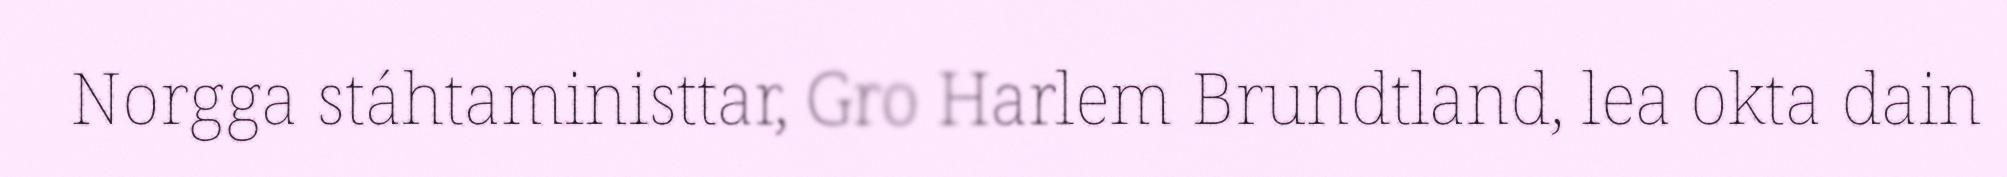
Norgga stáhtaministtar, Gro Harlem Brundtland, lea okta dain